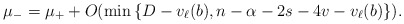
\begin{align*}\mu_-=\mu_+ + O(\min\left\{D-v_\ell(b),n-\alpha-2s-4v-v_\ell(b)\right\}).\end{align*}